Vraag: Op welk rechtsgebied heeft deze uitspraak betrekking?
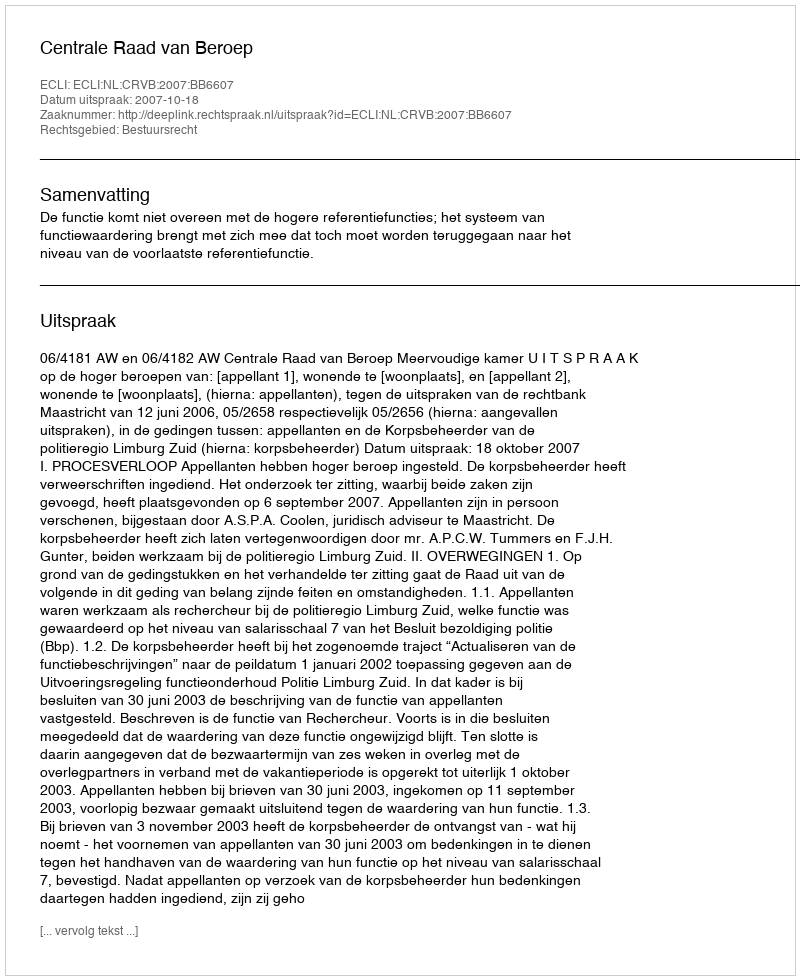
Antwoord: Bestuursrecht